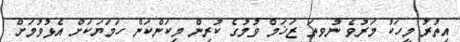
އިތުރު މީހަކު މަރުވެ ނުވތަ ޒަޚަމް ވުމުގެ ކުރިން މިކަންކަން ހަމަޔަކަށް އެޅުވުމަށް